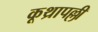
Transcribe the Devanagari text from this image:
कूथ्रापल्ली